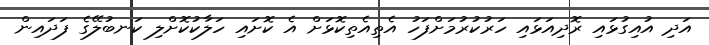
އަދި އުއިގުޅައި ރޮދިއަޅައި ހަރުކުރުމަށްފަހު އެތިއެތިކޮޅަށް އެ ކޮށައި ހަލާކުކޮށްލި ކަނބުލޭގެ ފަދައިން